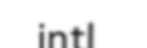
intl